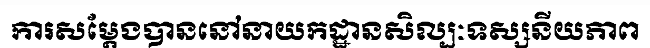
ការសម្តែងបាននៅនាយកដ្ឋានសិល្បៈទស្សនីយភាព